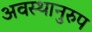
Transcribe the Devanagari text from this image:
अवस्थानुरुप